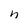
Character: n